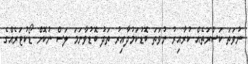
ނުވަތަ ކަސްރަތެއް ކުރާއިރު ނުވަތަ ބޮޑުކަމުދާއިރު ތަދު ބޮޑުވާނަމަ ލަސް ނުކޮށް ޑޯކުޓަރެއްގެ